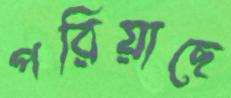
পরিয়াছে